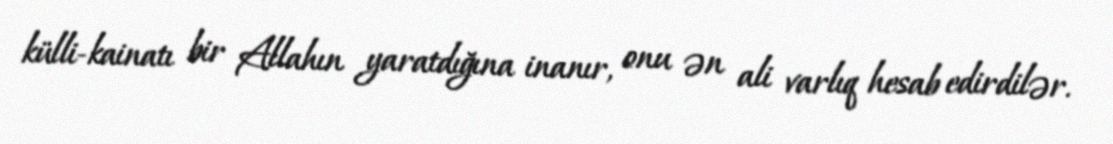
külli-kainatı bir Allahın yaratdığına inanır, onu ən ali varlıq hesab edirdilər.